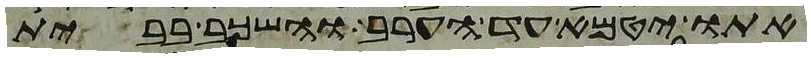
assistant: אתו יטמא עד הערב והשכב בבית